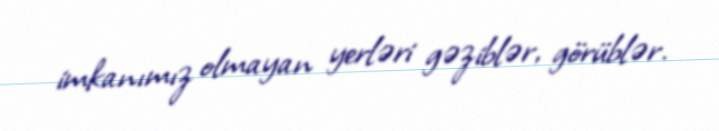
imkanımız olmayan yerləri gəziblər, görüblər.